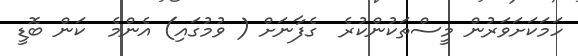
ހަމަކަށަވަރުން މީސްތަކުންކުރެ  ގެފާނަށް ( ވުމުގައި) އެންމެ  ކަން ބޮޑީ